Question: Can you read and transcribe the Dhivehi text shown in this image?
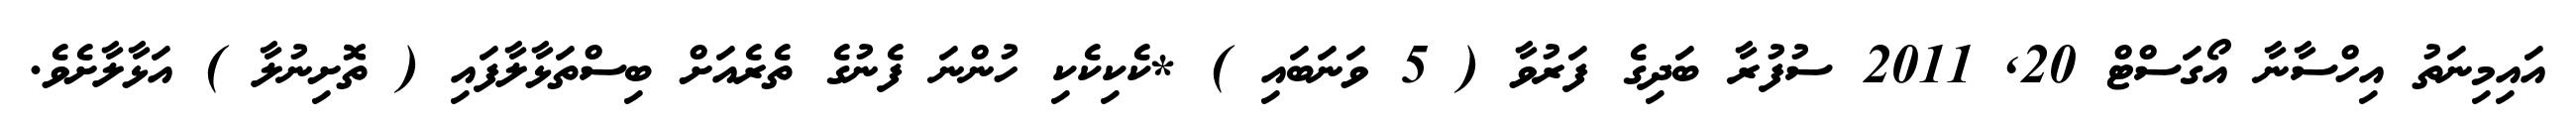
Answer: އައިމިނަތު އިހްސާނާ އޯގަސްޓް 20, 2011 ސުފުރާ ބަދިގެ ފަރުވާ ( 5 ވަނަބައި ) *ކެކިކެކި ހުންނަ ފެނުގެ ތެރެއަށް ބިސްތަޅާލާފައި ( ތޮށިނުލާ ) އަޅާލާށެވެ.